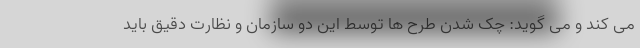
می کند و می گوید: چک شدن طرح ها توسط این دو سازمان و نظارت دقیق باید